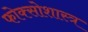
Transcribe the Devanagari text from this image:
फोक्सोशास्त्र